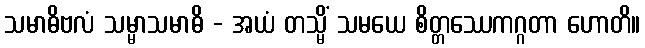
သမာဓိဗလံ သမ္မာသမာဓိ - အယံ တသ္မိံ သမယေ စိတ္တဿေကဂ္ဂတာ ဟောတိ။